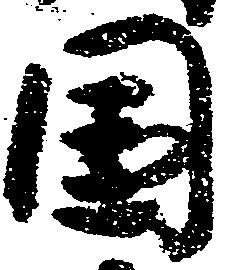
国